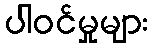
ပါဝင်မှုများ